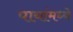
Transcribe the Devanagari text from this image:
पायांमध्ये